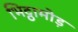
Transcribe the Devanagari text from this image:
भिट्ठामोड़